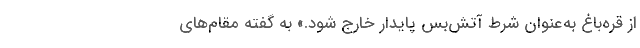
از قره‌باغ به‌عنوان شرط آتش‌بس پایدار خارج شود.» به گفته‌ مقام‌های